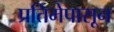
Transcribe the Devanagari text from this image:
प्रतिमेपासून